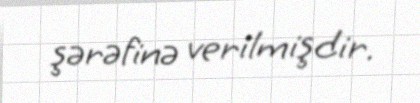
şərəfinə verilmişdir.